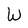
Character: W